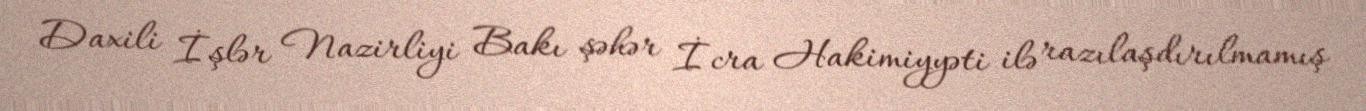
Daxili İşlər Nazirliyi Bakı şəhər İcra Hakimiyyəti ilə razılaşdırılmamış